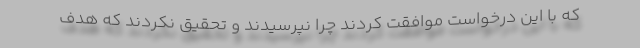
که با این درخواست موافقت کردند چرا نپرسیدند و تحقیق نکردند که هدف